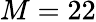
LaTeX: M=22